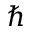
\hbar